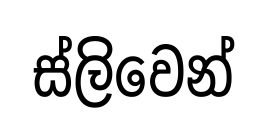
ස්ලිවෙන්